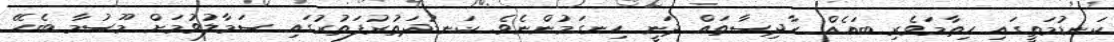
ކަނޑުމަތީގައި ހިތާމަވެރި ބައެއް ހާދިސާތައް ދަނީ ހިނގަމުންނެވެ. ކަނޑުދަތުރުފަތުރުގައި ސަމާލުވުމަށް މޫސުމާ ބެހޭ